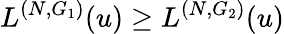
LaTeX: L^{(N,G_{1})}(u)\ge L^{(N,G_{2})}(u)